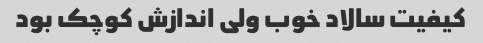
کیفیت سالاد خوب ولی اندازش کوچک بود